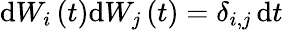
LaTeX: \mathrm{d}W_{i}\left(t\right)\mathrm{d}W_{j}\left(t\right)=\delta_{i,j}\, \mathrm{d}t